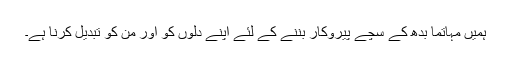
ہمیں مہاتما بدھ کے سچے پیروکار بننے کے لئے اپنے دلوں کو اور من کو تبدیل کرنا ہے۔